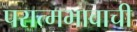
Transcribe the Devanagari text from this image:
परात्मभावाची